Indian Medical Review
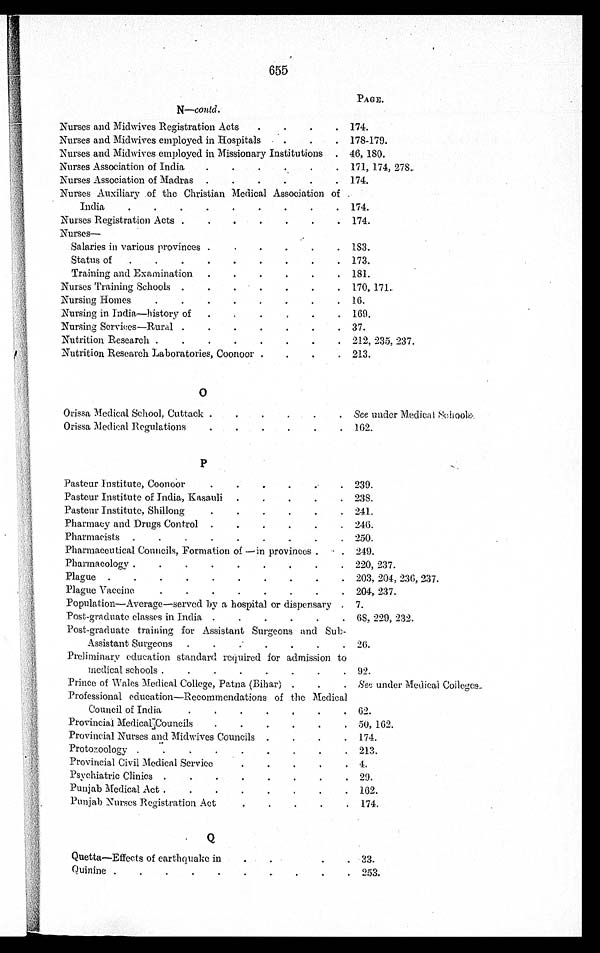
655
PAGE.
N—contd.
Nurses
an
d
Midwives Registration Acts
.
.
.
. 174.
Nurses
an
d
Midwives employed in Hospitals
.
.
. 178-179.
Nurses and Midwives employed in Missionary institutions
. 46, 180.
Nurses Association of India
.
.
.
.
.
. 171, 174, 278.
Nurses Association of Madras
.
.
.
.
.
. 174.
Nurses Auxiliary of the Christian Medical Association of
India
.
.
.
.
.
.
.
.
. 174.
Nurses Registration Acts .
. . . . . .
174.
Nurses
—
Salaries in various provinces .
.
.
.
.
. 183.
Status of
.
.
.
.
.
.
.
.
. 173.
Training and Examination
.
.
.
.
.
. 181.
Nurses Training Schools .
.
.
.
.
.
. 170, 171.
Nursing Homes
.
.
.
.
. . . .
16.
Nursing in India—history of
.
. . . . . 169.
Nursing Services—Rural .
.
.
.
.
.
. 37.
Nutrition Research .
.
.
.
.
.
.
. 212, 235, 237.
Nutrition Research Laboratories, Coonoor.
.
.
. 213.
O
Orissa Medical School, Cuttack
.
.
.
.
.
. See under Medical Schools.
Orissa Medical Regulations
.
.
.
.
.
. 162.
P
Pasteur Institute, Coonoor
.
.
.
.
. . 239.
Pasteur Institute of India, Kasauli
.
.
.
.
. 238.
Pasteur Institute, Shillong
.
.
. . . .
241.
Pharmacy and Drugs Control .
.
.
.
.
. 246.
Pharmacists
.
.
.
.
.
.
. . . 250.
Pharmaceutical Councils, Formation of —in provinces .
.
249.
Pharmacology .
.
.
.
.
.
.
.
. 220, 237.
Plague .
.
.
.
.
.
.
.
.
. 203, 204, 236, 237.
Plague Vaccine
.
.
.
.
.
.
.
. 204, 237.
Population—Average—served by a hospital or dispensary . 7.
Post-graduate classes in India. .
.
.
.
.
. 68, 229, 232.
Post-graduate training for Assistant Surgeons and Sub-
26.
Assistant Surgeons
.
.
.
.
.
.
.
Preliminary education standard required for admission to
92.
Medical schools .
.
.
.
.
.
.
.
Prince of Wales Medical College, Patna (Bihar) .
.
. See under Medical Colleges..
Professional education—Recommendations of the Medical
62.
Council of India
.
.
.
.
. . .
Provincial Medical Councils
.
.
.
.
.
. 50, 162.
Provincial Nurses and Midwives Councils .
.
.
. 174.
Protozoology .
.
.
.
.
.
.
.
.
213.
Provincial Civil Medical Service
.
.
.
.
. 4.
Psychiatric Clinics .
.
.
.
.
.
.
. 29.
Punjab Medical Act .
.
.
.
.
.
.
. 162.
Punjab Nurses Registration Act
.
.
. . . 174.
Q
Quetta—Effects of earthquake in
.
. . . 33.
Quinine .
.
.
.
.
.
.
.
.
. 253.